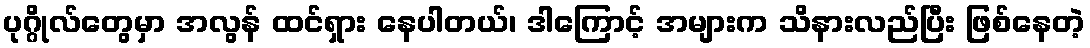
ပုဂ္ဂိုလ်တွေမှာ အလွန် ထင်ရှား နေပါတယ်၊ ဒါကြောင့် အများက သိနားလည်ပြီး ဖြစ်နေတဲ့